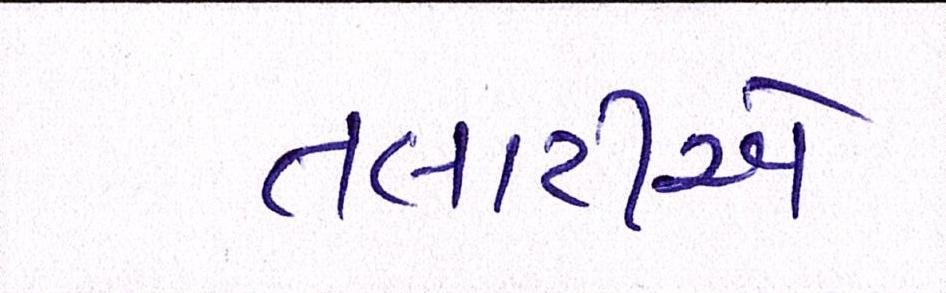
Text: તલાટીએ